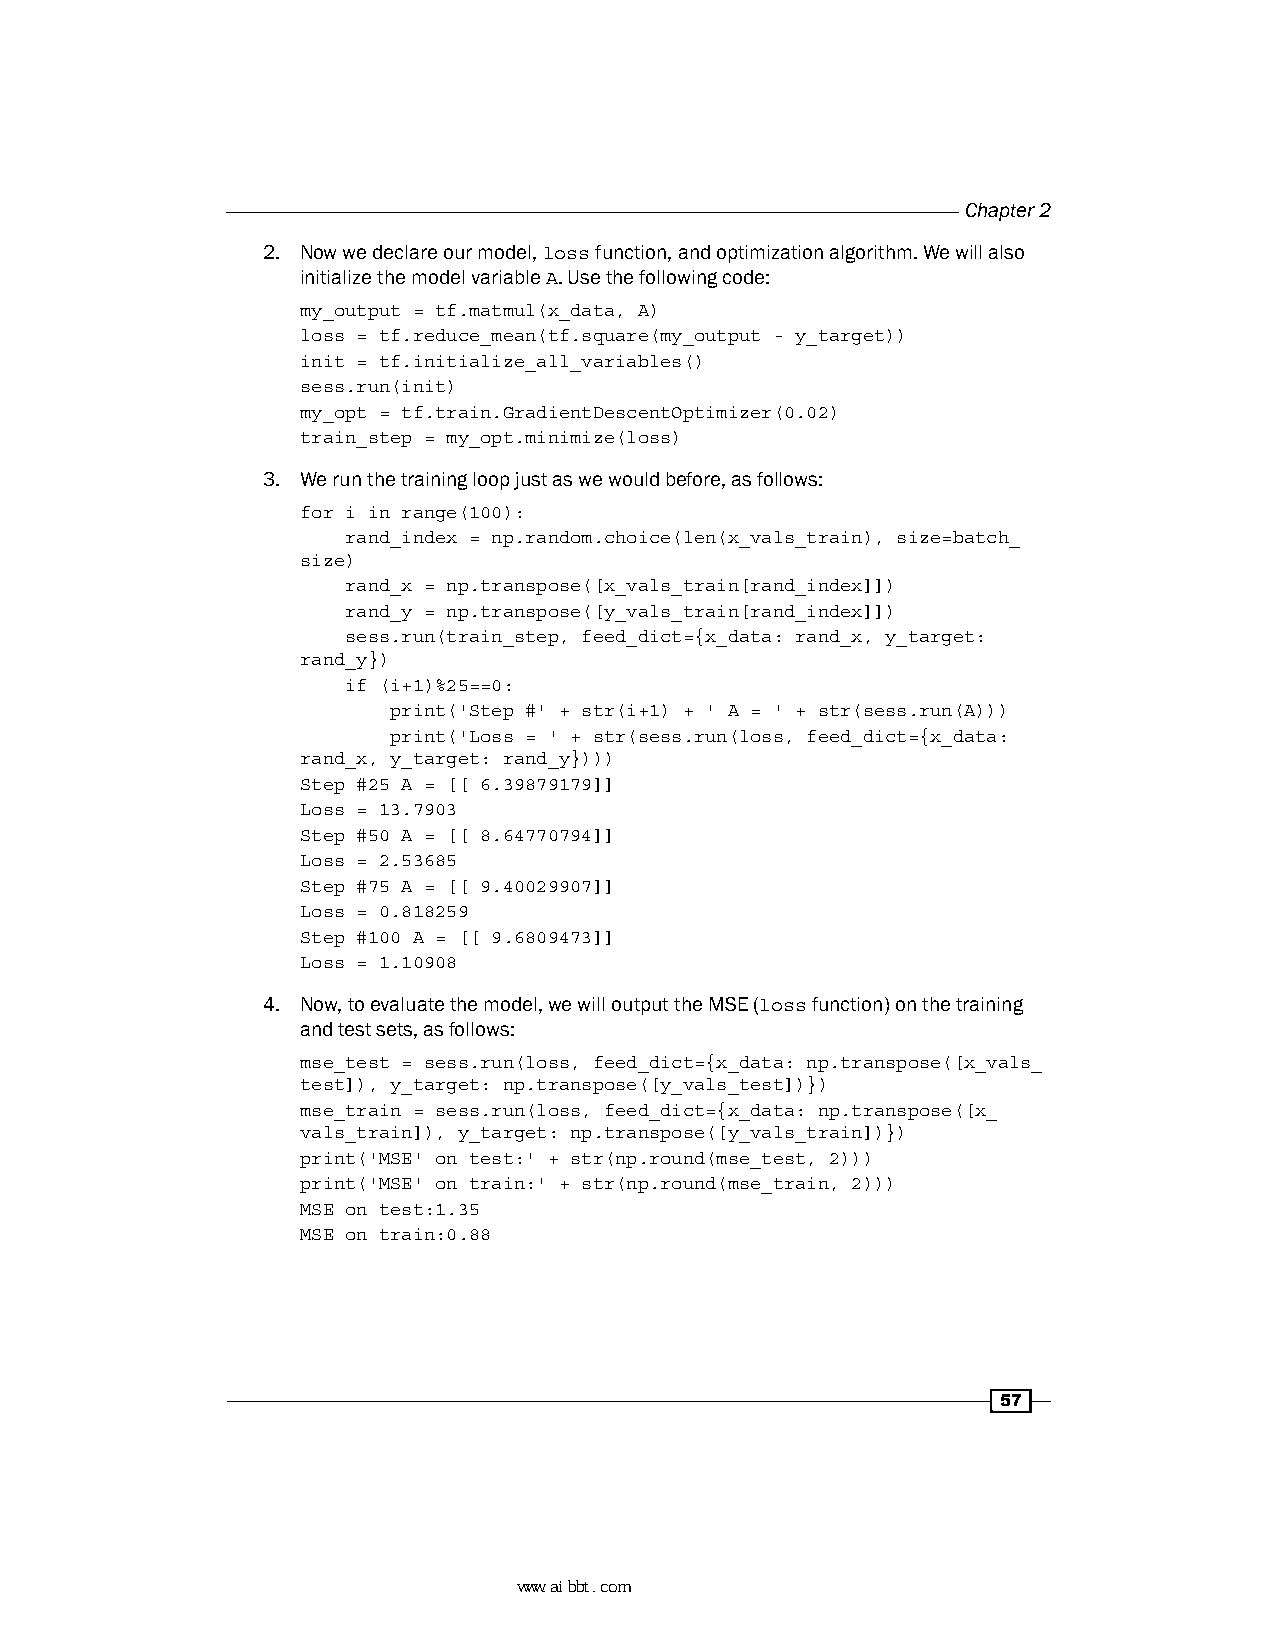
Chapter 2
 2. Now we declare our model, loss function, and optimization algorithm. We will also
 initialize the model variable A. Use the following code:
 my_output = tf.matmul(x_data, A)
 loss = tf.reduce_mean(tf.square(my_output - y_target))
 init = tf.initialize_all_variables()
 sess.run(init)
 my_opt = tf.train.GradientDescentOptimizer(0.02)
 train_step = my_opt.minimize(loss)
 3. We run the training loop just as we would before, as follows:
 for i in range(100):
 rand_index = np.random.choice(len(x_vals_train), size=batch_
 size)
 rand_x = np.transpose([x_vals_train[rand_index]])
 rand_y = np.transpose([y_vals_train[rand_index]])
 sess.run(train_step, feed_dict={x_data: rand_x, y_target:
 rand_y})
 if (i+1)%25==0:
 print('Step #' + str(i+1) + ' A = ' + str(sess.run(A)))
 print('Loss = ' + str(sess.run(loss, feed_dict={x_data:
 rand_x, y_target: rand_y})))
 Step #25 A = [[ 6.39879179]]
 Loss = 13.7903
 Step #50 A = [[ 8.64770794]]
 Loss = 2.53685
 Step #75 A = [[ 9.40029907]]
 Loss = 0.818259
 Step #100 A = [[ 9.6809473]]
 Loss = 1.10908
 4. Now, to evaluate the model, we will output the MSE (loss function) on the training
 and test sets, as follows:
 mse_test = sess.run(loss, feed_dict={x_data: np.transpose([x_vals_
 test]), y_target: np.transpose([y_vals_test])})
 mse_train = sess.run(loss, feed_dict={x_data: np.transpose([x_
 vals_train]), y_target: np.transpose([y_vals_train])})
 print('MSE' on test:' + str(np.round(mse_test, 2)))
 print('MSE' on train:' + str(np.round(mse_train, 2)))
 MSE on test:1.35
 MSE on train:0.88
 57
 www.aibbt.com 让未来触手可及